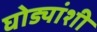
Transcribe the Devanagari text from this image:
घोड्यांशी